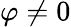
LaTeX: \varphi\neq 0